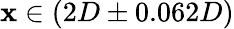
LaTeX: \mathbf{x}\in(2D\pm0.062D)